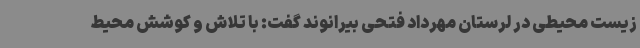
زیست محیطی در لرستان مهرداد فتحی بیرانوند گفت: با تلاش و کوشش محیط